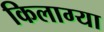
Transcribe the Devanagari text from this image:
किलाग्या